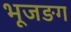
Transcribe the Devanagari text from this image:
भूजङग